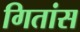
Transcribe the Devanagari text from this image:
गितांस